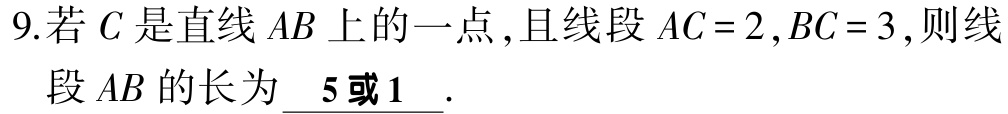
9.若\(C\)是直线\(AB\)上的一点,且线段\(AC = 2,BC = 3\),则线段\(AB\)的长为\(\underline{5或1}\).